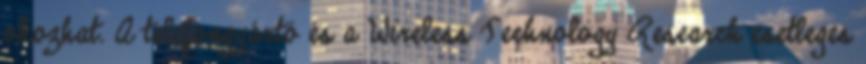
okozhat. A telefongyártó és a Wireless Technology Research esetleges